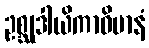
ဥစ္ဆုဒါယိကာဝိမာနံ